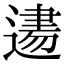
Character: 𨕨